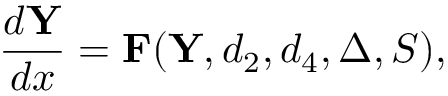
\frac { d { \bf Y } } { d x } = { \bf F } ( { \bf Y } , d _ { 2 } , d _ { 4 } , \Delta , S ) ,